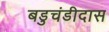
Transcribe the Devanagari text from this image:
बडुचंडीदास